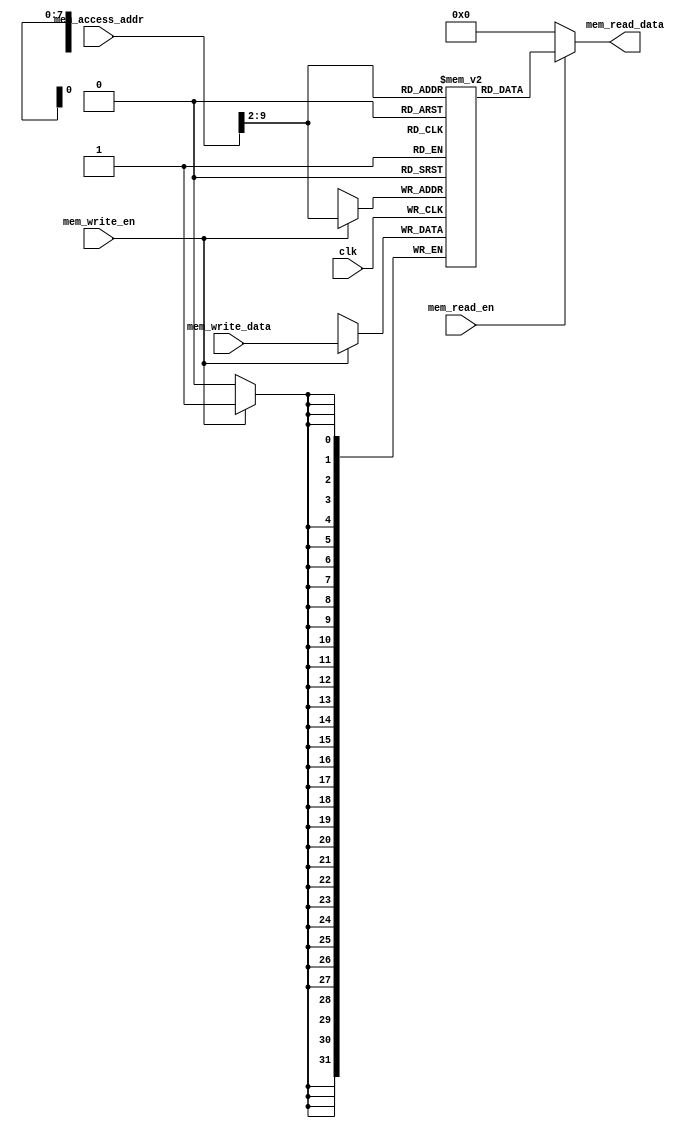
`timescale 1ns / 1ps

module Data_Memory(
    input clk,
    input [31:0] mem_access_addr,
    input [31:0] mem_write_data,
    input mem_write_en,
    input mem_read_en,
    output [31:0] mem_read_data);
    
    integer i;  
    reg [31:0] ram [255:0];  
    wire [7 : 0] ram_addr = mem_access_addr[9 : 2];  
    
    initial 
    begin  
        for(i=0;i<256;i=i+1)  
            ram[i] <= 32'd0;  
    end

    always @(posedge clk) begin  
        if (mem_write_en)  
            ram[ram_addr] <= mem_write_data;  
    end  
      
    assign mem_read_data = (mem_read_en==1'b1) ? ram[ram_addr]: 32'd0;
      
endmodule